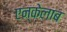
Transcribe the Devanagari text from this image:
एन्केलाब